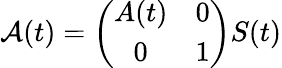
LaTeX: {\cal A}(t)=\left(\begin{array}{cc}{{A(t)}}&{{0}}\\ {{0}}&{{1}}\end{array}\right)S(t)